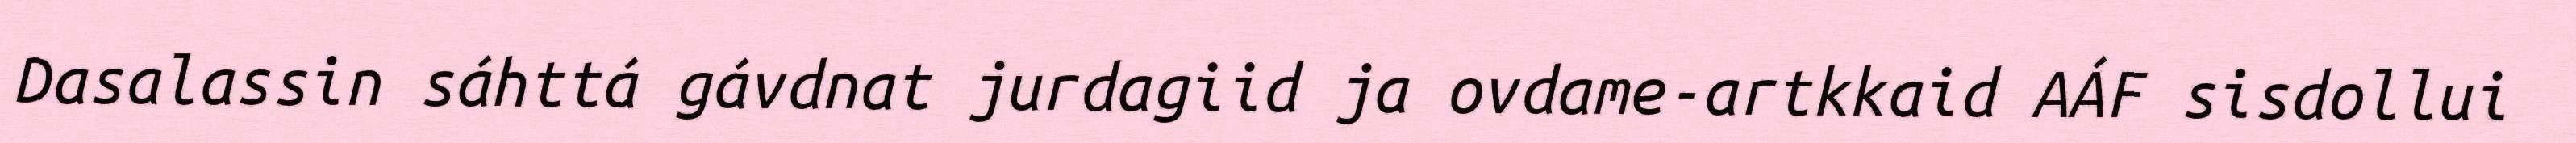
Dasalassin sáhttá gávdnat jurdagiid ja ovdame-artkkaid AÁF sisdollui